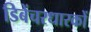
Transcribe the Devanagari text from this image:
डिबेंचरधारकों